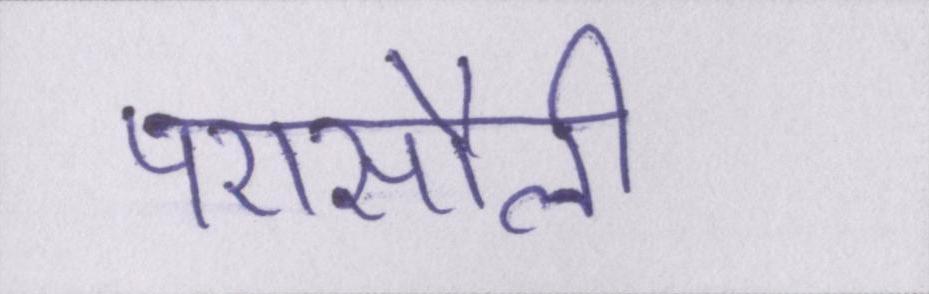
परासौली